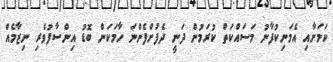
ކަމަށާއި އެމަނިކުފާނު މަސައްކަތް ކުރަމުން ދަނީ ދެފުށްފެންނަ ހާމަކަން ބޮޑު އިންސާފުވެރި ނިޒާމެއް